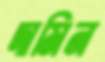
দামিন